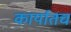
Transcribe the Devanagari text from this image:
कार्यातच